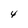
Character: 4